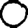
Digit: 0